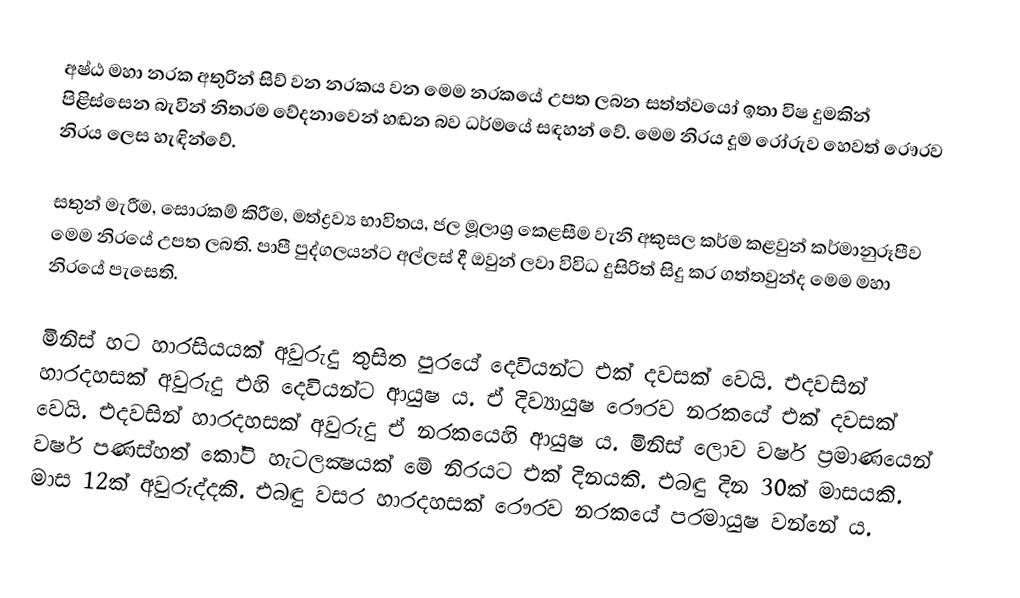
අෂ්ඨ මහා නරක අතුරින් සිව් වන නරකය වන මෙම නරකයේ උපත ලබන සත්ත්වයෝ ඉතා විෂ දුමකින් පිළිස්සෙන බැවින් නිතරම වේදනාවෙන් හඬන බව ධර්මයේ සඳහන් වේ. මෙම නිරය දූම රෝරුව හෙවත් රෞරව නිරය ලෙස හැඳින්වේ.

සතුන් මැරීම, සොරකම් කිරීම, මත්ද්‍රව්‍ය භාවිතය, ජල මූලාශ්‍ර කෙළසීම වැනි අකුසල කර්ම කළවුන් කර්මානුරූපීව මෙම නිරයේ උපත ලබති. පාපී පුද්ගලයන්ට අල්ලස් දී ඔවුන් ලවා විවිධ දුසිරිත් සිදු කර ගත්තවුන්ද මෙම මහා නිරයේ පැසෙති.

මිනිස් හට හාරසියයක් අවුරුදු තුසිත පුරයේ දෙවියන්ට එක් දවසක් වෙයි. එදවසින් හාරදහසක් අවුරුදු එහි දෙවියන්ට ආයුෂ ය. ඒ දිව්‍යායුෂ රෞරව නරකයේ එක් දවසක් වෙයි. එදවසින් හාරදහසක් අවුරුදු ඒ නරකයෙහි ආයුෂ ය. මිනිස් ලොව වර්ෂ ප්‍රමාණයෙන් වර්ෂ පණස්හත් කෝටි හැටලක්‍ෂයක් මේ නිරයට එක් දිනයකි. එබඳු දින 30ක් මාසයකි. මාස 12ක් අවුරුද්දකි. එබඳු වසර හාරදහසක් රෞරව නරකයේ පරමායුෂ වන්නේ ය.